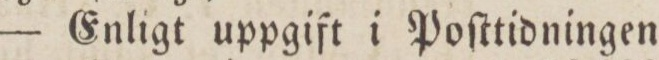
— Enligt uppgift i Poſttidningen